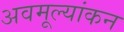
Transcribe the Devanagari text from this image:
अवमूल्यांकन